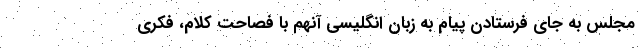
مجلس به جای فرستادن پیام به زبان انگلیسی آنهم با فصاحت کلام، فکری